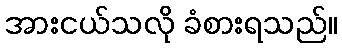
အားငယ်သလို ခံစားရသည်။